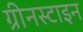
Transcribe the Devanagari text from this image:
ग्रीनस्टाइन